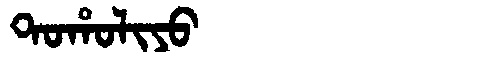
Manchu: ᡨᠣᡥᠣᠯᡳᠶᠣ
Romanization: TOHOLIYO